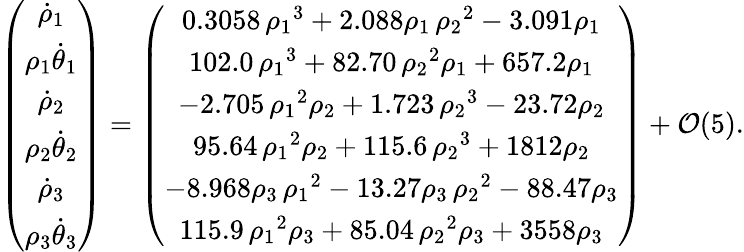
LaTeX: \left(\begin{array}{c}{\dot{\rho}_{1}}\\ {\rho_{1}\dot{\theta}_{1}}\\ {\dot{\rho}_{2}}\\ {\rho_{2}\dot{\theta}_{2}}\\ {\dot{\rho}_{3}}\\ {\rho_{3}\dot{\theta}_{3}}\end{array}\right)=\left(\begin{array}{c}{0.3058\, {\rho_{1}}^{3}+2.088\rho_{1}\, {\rho_{2}}^{2}-3.091\rho_{1}}\\ {102.0\, {\rho_{1}}^{3}+82.70\, {\rho_{2}}^{2}\rho_{1}+657.2\rho_{1}}\\ {-2.705\, {\rho_{1}}^{2}\rho_{2}+1.723\, {\rho_{2}}^{3}-23.72\rho_{2}}\\ {95.64\, {\rho_{1}}^{2}\rho_{2}+115.6\, {\rho_{2}}^{3}+1812\rho_{2}}\\ {-8.968\rho_{3}\, {\rho_{1}}^{2}-13.27\rho_{3}\, {\rho_{2}}^{2}-88.47\rho_{3}}\\ {115.9\, {\rho_{1}}^{2}\rho_{3}+85.04\, {\rho_{2}}^{2}\rho_{3}+3558\rho_{3}}\end{array}\right)+\mathcal{O}(5).